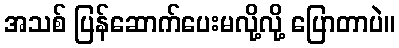
အသစ် ပြန်ဆောက်ပေးမလို့လို့ ပြောတာပဲ။